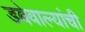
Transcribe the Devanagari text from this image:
डबेवाल्यांची